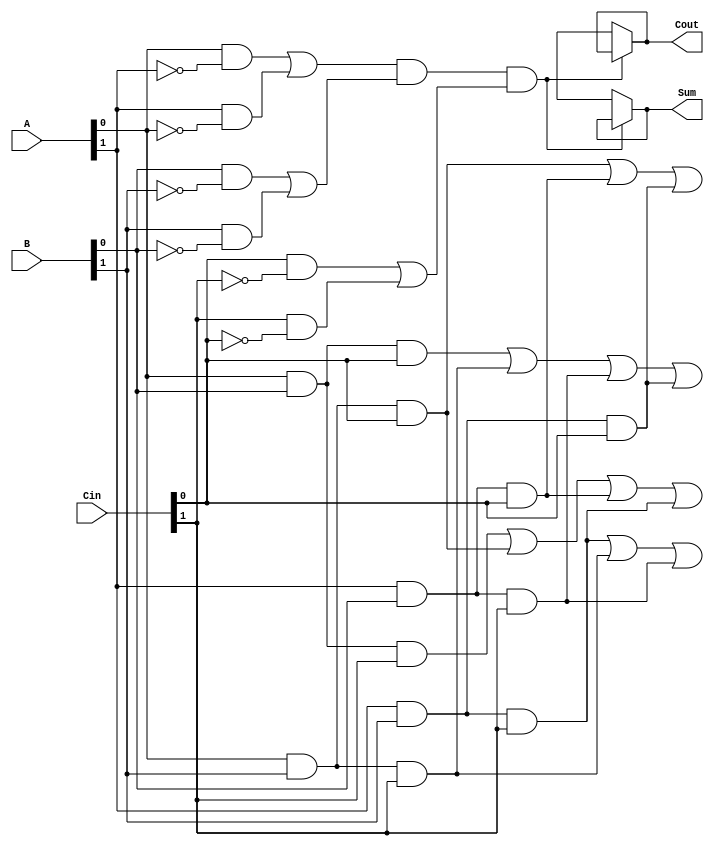
module DualRailFullAdder (
    input  wire [1:0] A,    // Dual-rail representation of the first input bit
    input  wire [1:0] B,    // Dual-rail representation of the second input bit
    input  wire [1:0] Cin,   // Dual-rail representation of the carry-in bit
    output wire [1:0] Sum,    // Dual-rail representation of the sum output
    output wire [1:0] Cout    // Dual-rail representation of the carry output
);

    // Validity checks for inputs to ensure correct dual-rail encoding
    wire valid_A = (A[0] & ~A[1]) | (A[1] & ~A[0]);
    wire valid_B = (B[0] & ~B[1]) | (B[1] & ~B[0]);
    wire valid_Cin = (Cin[0] & ~Cin[1]) | (Cin[1] & ~Cin[0]);

    // Intermediate signals for sum and carry calculations
    wire A0_B0 = A[0] & B[0]; // A = 0, B = 0
    wire A0_B1 = A[0] & B[1]; // A = 0, B = 1
    wire A1_B0 = A[1] & B[0]; // A = 1, B = 0
    wire A1_B1 = A[1] & B[1]; // A = 1, B = 1

    wire A_XOR_B = (A[0] & B[1]) | (A[1] & B[0]); // A XOR B

    // Sum calculation: S = A  B  Cin
    wire Sum0 = (A0_B0 & Cin[0]) | (A0_B1 & Cin[1]) | (A1_B0 & Cin[1]) | (A1_B1 & Cin[0]);
    wire Sum1 = (A0_B0 & Cin[1]) | (A0_B1 & Cin[0]) | (A1_B0 & Cin[0]) | (A1_B1 & Cin[1]);

    // Carry calculation: Cout = (A AND B) OR (Cin AND (A XOR B))
    wire Cout0 = (A0_B1 & Cin[0]) | (A1_B0 & Cin[0]) | (A1_B1 & Cin[0]);
    wire Cout1 = (A1_B1 & Cin[1]) | (A0_B1 & Cin[1]) | (A1_B0 & Cin[1]);

    // Assign outputs
    assign Sum = {Sum1, Sum0}; // Dual-rail encoding for Sum
    assign Cout = {Cout1, Cout0}; // Dual-rail encoding for Cout

    // Ensure only one rail is active for each input
    assign Sum = valid_A && valid_B && valid_Cin ? {Sum1, Sum0} : 2'bxx;
    assign Cout = valid_A && valid_B && valid_Cin ? {Cout1, Cout0} : 2'bxx;

endmodule